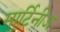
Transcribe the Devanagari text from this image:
मार्टिनीज